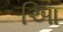
આિ